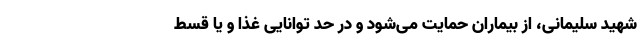
شهید سلیمانی، از بیماران حمایت می‌شود و در حد توانایی غذا و یا قسط